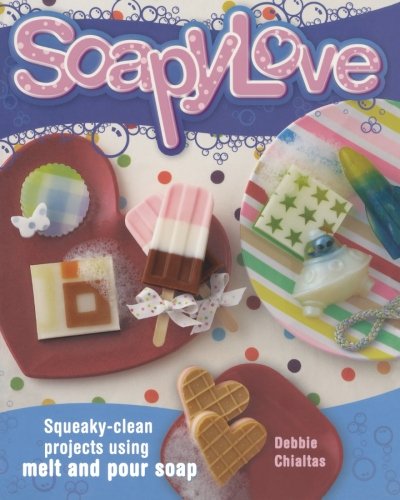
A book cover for Soapylove: Squeaky-Clean Projects Using Melt-and-Pour Soap; Debbie Chialtas; Crafts, Hobbies & Home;